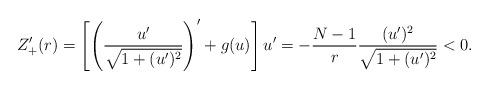
LaTeX: \begin{align*}Z_+'(r) = \left[\left(\frac{u' }{\sqrt{1+(u')^2}}\right)'+g(u)\right]u'=-\frac{N-1}r\frac{(u')^2 }{\sqrt{1+(u')^2}}< 0.\end{align*}